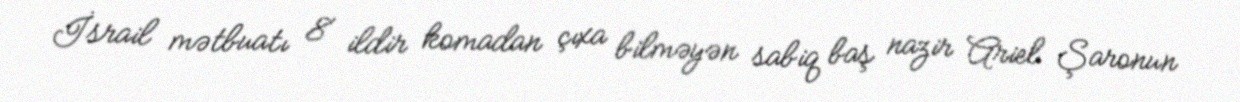
İsrail mətbuatı 8 ildir komadan çıxa bilməyən sabiq baş nazir Ariel Şaronun